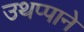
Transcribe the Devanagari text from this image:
उथप्पाने